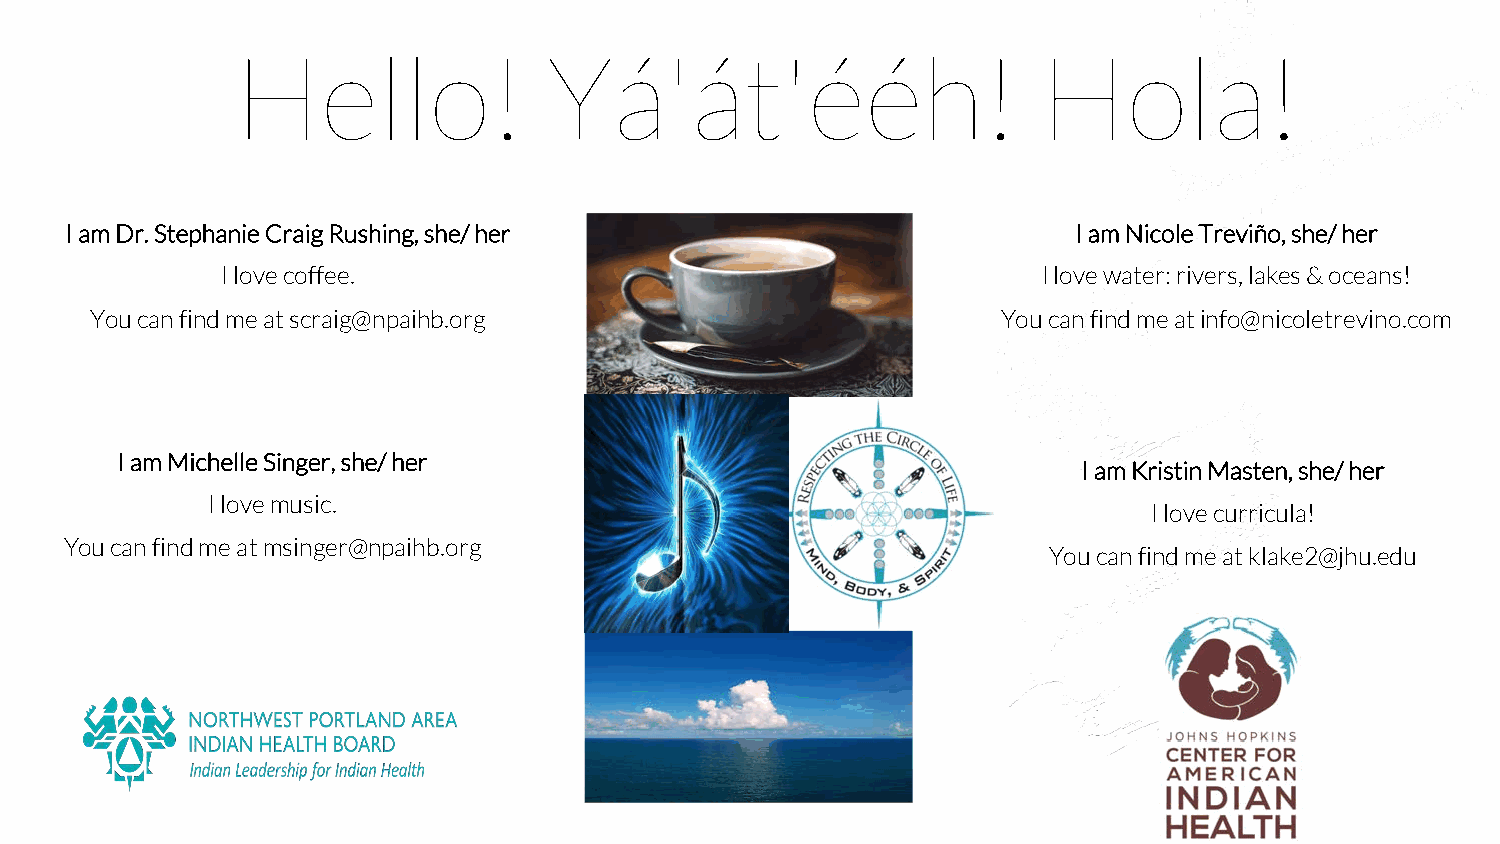
Hello!              Yá'át'ééh!                       Hola!
 I am Dr. Stephanie Craig Rushing, she/ her                         I am Nicole Treviño, she/ her
 I love coffee.                                        I love water: rivers, lakes & oceans!
 You can find me at scraig@npaihb.org                        You can find me at info@nicoletrevino.com
 I am Michelle Singer, she/ her
 I am Kristin Masten, she/ her
 I love music.
 I love curricula!
 You can find me at msinger@npaihb.org
 You can find me at klake2@jhu.edu
 2